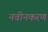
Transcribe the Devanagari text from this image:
नवीनकरण